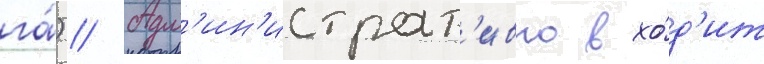
га́) // Адм'ин'истрат'ивно вхо́д'ит